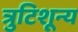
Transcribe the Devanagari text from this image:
त्रुटिशून्य